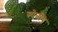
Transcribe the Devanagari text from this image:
स्पेनीय